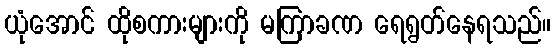
ယုံအောင် ထိုစကားများကို မကြာခဏ ရေရွတ်နေရသည်။